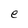
Character: e